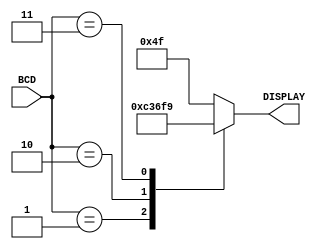
`timescale 1ns / 1ps
//////////////////////////////////////////////////////////////////////////////////
// Company: 
// Engineer: 
// 
// Design Name: 
// Module Name:    Decodificador_BCD_a_7Seg 
// Project Name: 
// Target Devices: 
// Tool versions: 
// Description: 
//
// Dependencies: 
//
// Revision: 
// Revision 0.01 - File Created
// Additional Comments: 
//
//////////////////////////////////////////////////////////////////////////////////
module Decoder7Seg(
    input [1:0] BCD,
    output reg [6:0] DISPLAY
    );
	 
	 always @ (BCD)
		case(BCD)
			2'b01 : DISPLAY <= 7'b0110000;
			2'b10 : DISPLAY <= 7'b1101101;
			2'b11 : DISPLAY <= 7'b1111001;
			default: DISPLAY <= 7'b1001111;  //Mensaje de error
		endcase

endmodule